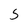
Character: 5